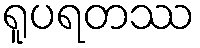
ရူပရတဿ